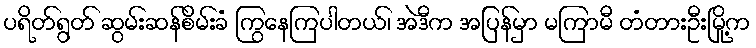
ပရိတ်ရွတ် ဆွမ်းဆန်စိမ်းခံ ကြွနေကြပါတယ်၊ အဲဒီက အပြန်မှာ မကြာမီ တံတားဦးမြို့က